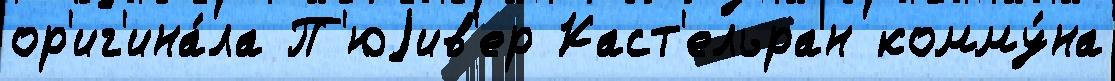
ор'иг'ина́ла П'юjив'ер Каст'ельран комму́на